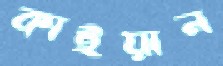
কাইয়ান